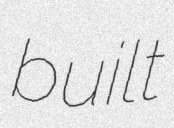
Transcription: built